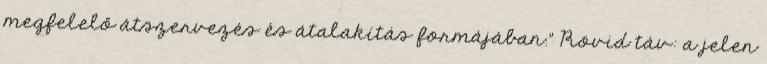
megfelelő átszervezés és átalakítás formájában.” Rövid táv: a jelen